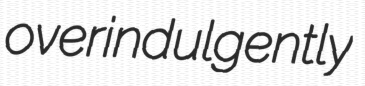
overindulgently